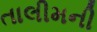
તાલીમની